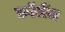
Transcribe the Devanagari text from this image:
फ़ॉर्जेम